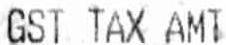
GST TAX AMT